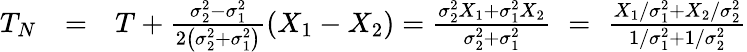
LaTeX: \begin{array}{rlr}{T_{N}}&{=}&{T+\frac{\sigma_{2}^{2}-\sigma_{1}^{2}}{2\left(\sigma_{2}^{2}+\sigma_{1}^{2}\right)}\left(X_{1}-X_{2}\right)=\frac{\sigma_{2}^{2}X_{1}+\sigma_{1}^{2}X_{2}}{\sigma_{2}^{2}+\sigma_{1}^{2}}\, \, =\, \, \frac{X_{1}/\sigma_{1}^{2}+X_{2}/\sigma_{2}^{2}}{1/\sigma_{1}^{2}+1/\sigma_{2}^{2}}}\end{array}